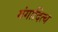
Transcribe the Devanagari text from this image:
गंगादित्य